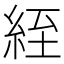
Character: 絰